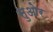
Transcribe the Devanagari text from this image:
सुओर